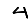
Digit: 4